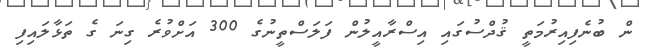
ން ބުނެފިއިރުމަތީ ޤުދްސުގައި އިސްރާއީލުން ފަލަސްތީނުގެ 300 އަށްވުރެ ގިނަ ގެ ތަޅާލައިފި